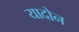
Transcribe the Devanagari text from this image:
यादोन